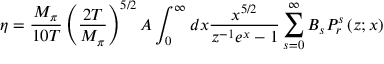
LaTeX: \eta = \frac { M _ { \pi } } { 1 0 T } \left( \frac { 2 T } { M _ { \pi } } \right) ^ { 5 / 2 } A \int _ { 0 } ^ { \infty } d x \frac { x ^ { 5 / 2 } } { z ^ { - 1 } e ^ { x } - 1 } \sum _ { s = 0 } ^ { \infty } B _ { s } P _ { r } ^ { s } \left( z ; x \right)